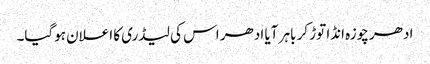
ادھر چوزہ انڈا توڑ کر باہر آیا ادھر اس کی لیڈری کا اعلان ہوگیا۔